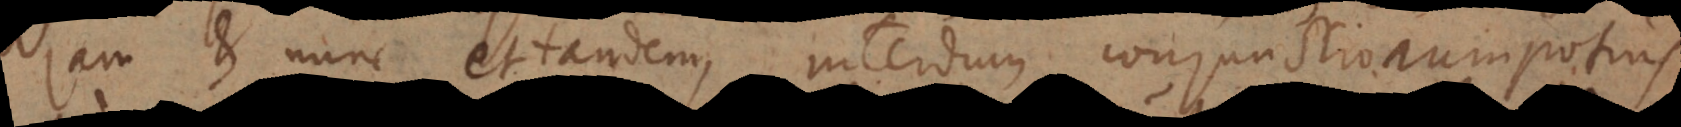
jam et nunc et tandem, interdum conjunctionum potius